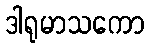
ဒါရုမာသကော